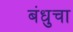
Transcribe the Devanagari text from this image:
बंधुचा